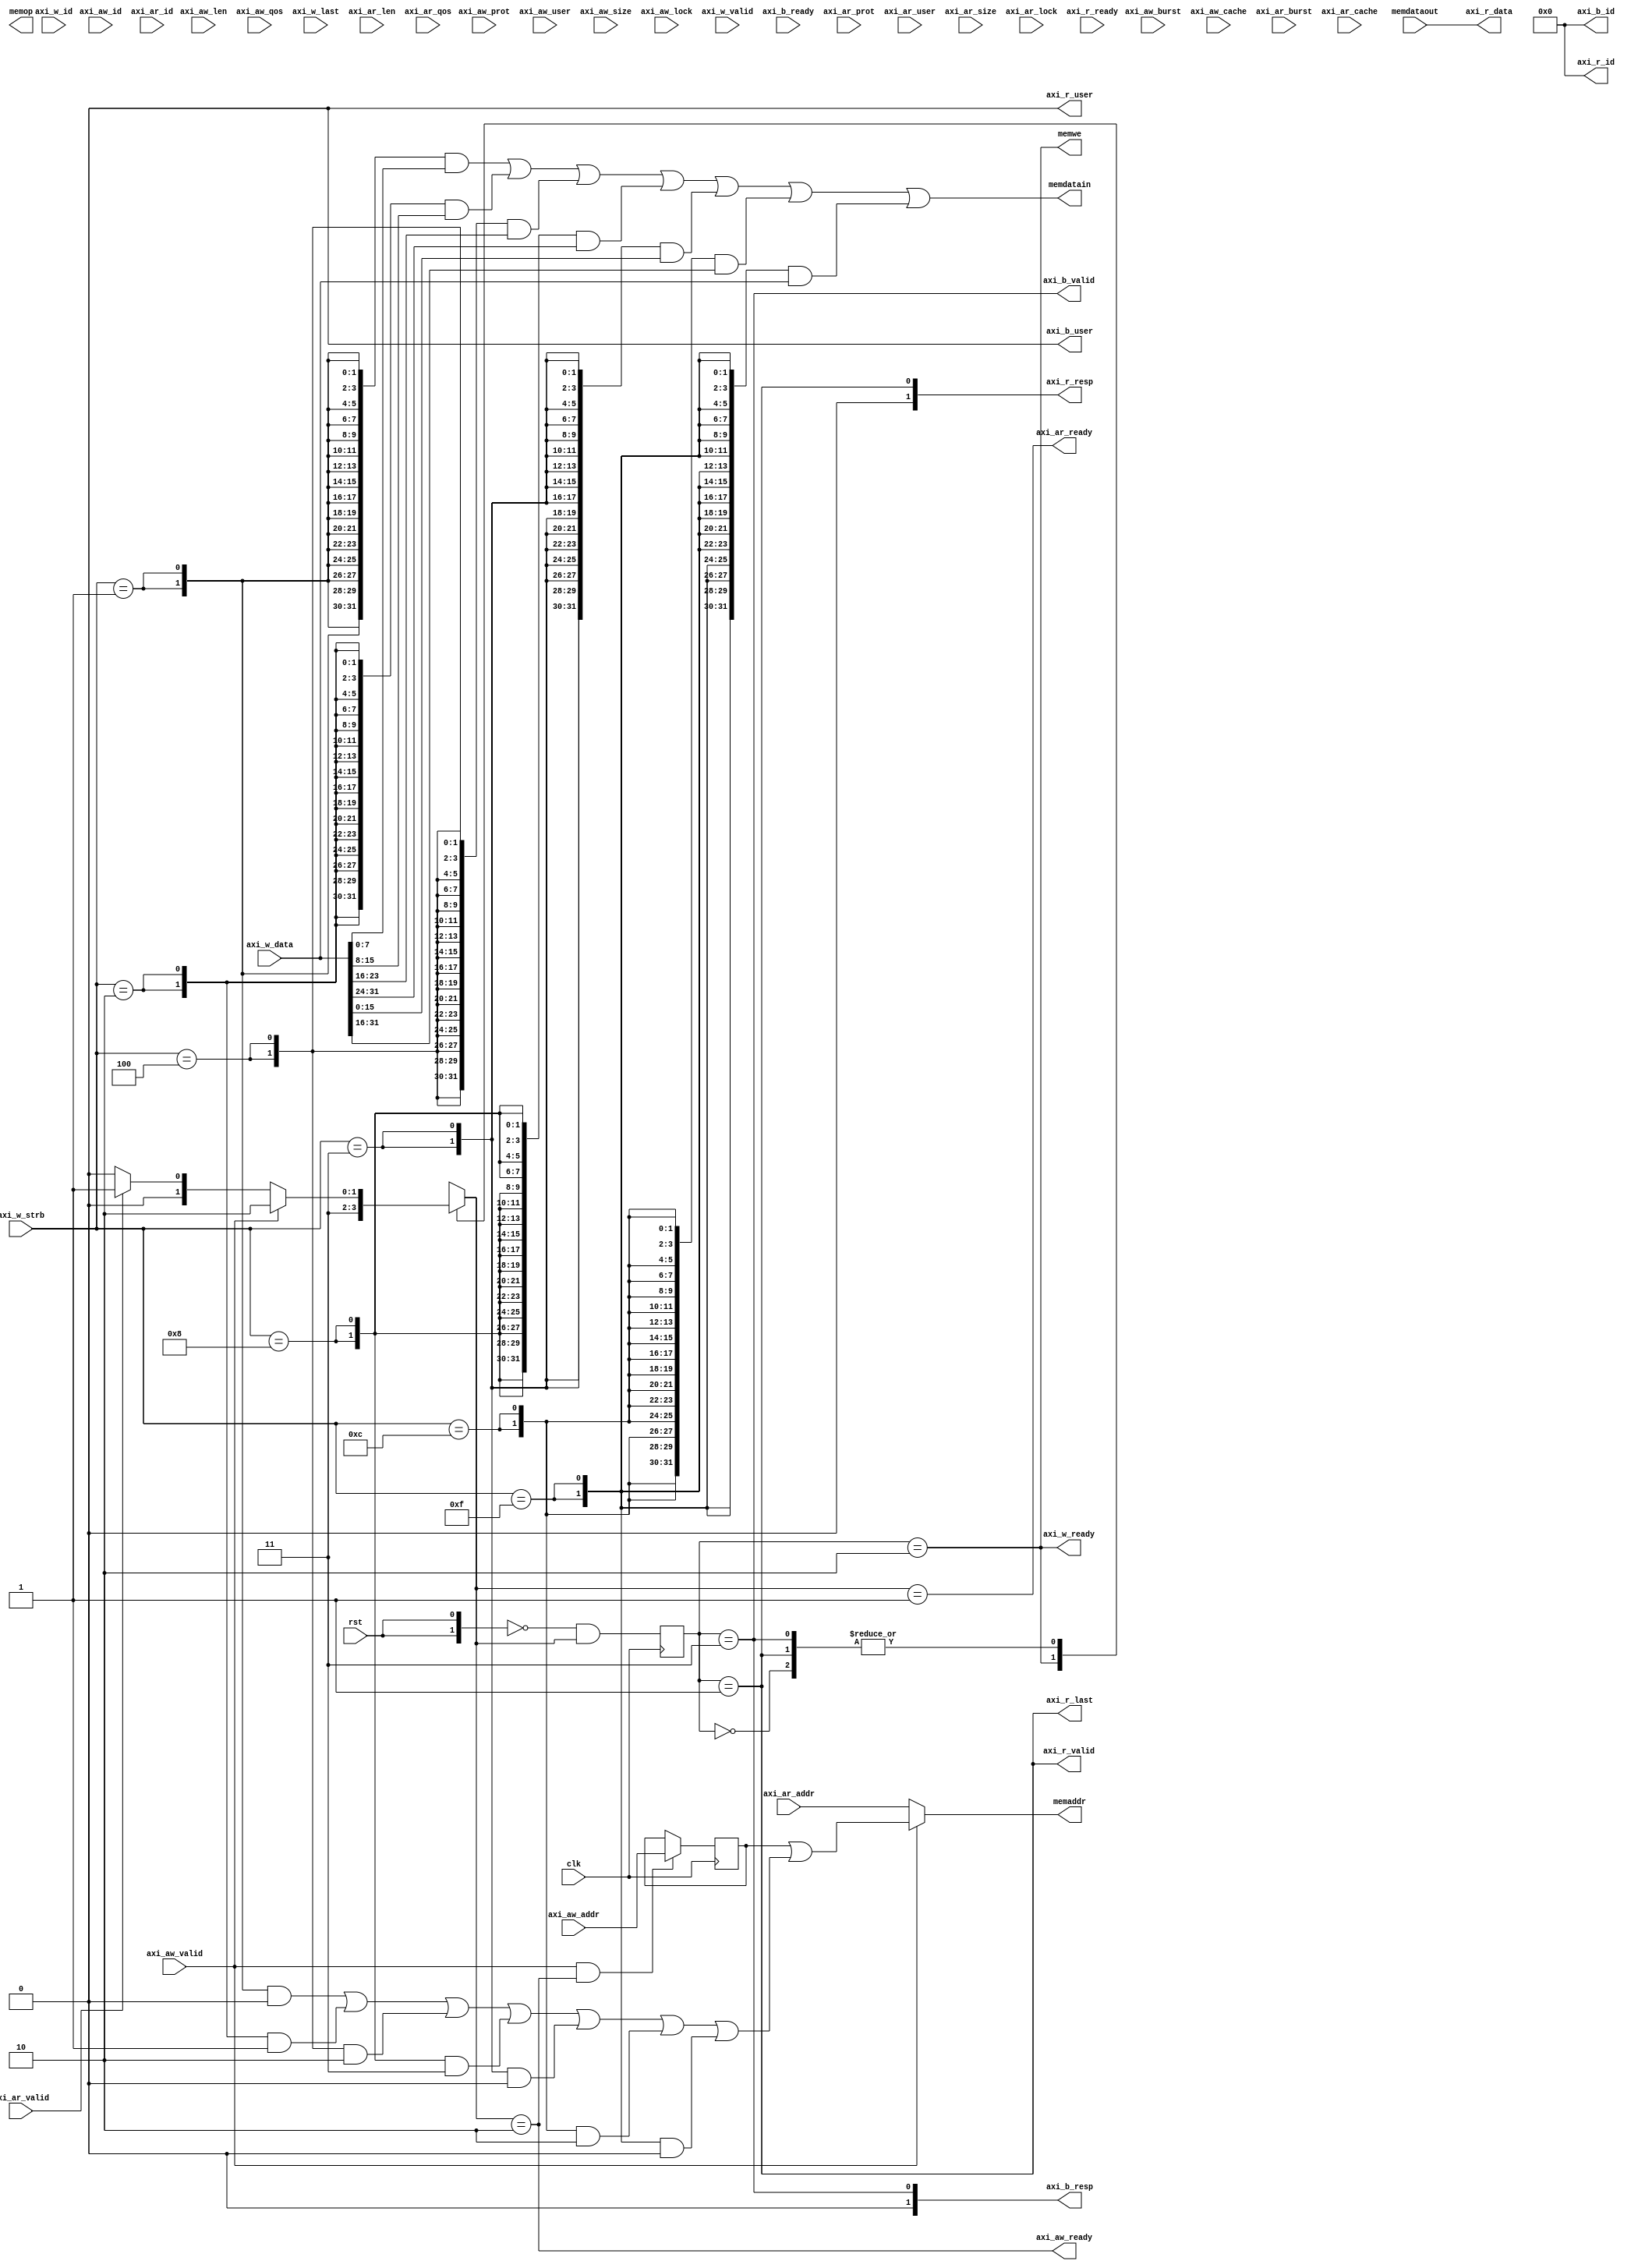
module naive_to_axi # (
  parameter RW_DATA_WIDTH     = 32,
  parameter RW_ADDR_WIDTH     = 32,
  parameter AXI_DATA_WIDTH    = 32,
  parameter AXI_ADDR_WIDTH    = 32,
  parameter AXI_ID_WIDTH      = 4,
  parameter AXI_USER_WIDTH    = 1
)(
  input                               clk,
  input                               rst,

  // naive bus
  output [RW_ADDR_WIDTH-1:0]          memaddr,     //dmem的地址
	input  [RW_DATA_WIDTH-1:0]          memdataout,  //dmem读取到的数据
	output [RW_DATA_WIDTH-1:0]          memdatain,   //需要写入dmem的数据
  output [2:0]                        memop,       //3'b000:sb 3'b001:sh 3'b010://sw
	output	                            memwe,       //dmem写有效
  
  // AXI4
  output                              axi_aw_ready,
  input                               axi_aw_valid,
  input [AXI_ADDR_WIDTH-1:0]          axi_aw_addr,
  input [2:0]                         axi_aw_prot,
  input [AXI_ID_WIDTH-1:0]            axi_aw_id,
  input [AXI_USER_WIDTH-1:0]          axi_aw_user,
  input [7:0]                         axi_aw_len,
  input [2:0]                         axi_aw_size,
  input [1:0]                         axi_aw_burst,
  input                               axi_aw_lock,
  input [3:0]                         axi_aw_cache,
  input [3:0]                         axi_aw_qos,

  output                              axi_w_ready,
  input                               axi_w_valid,
  input [AXI_DATA_WIDTH-1:0]          axi_w_data,
  input [AXI_DATA_WIDTH/8-1:0]        axi_w_strb,
  input                               axi_w_last,
  input [AXI_ID_WIDTH-1:0]            axi_w_id,
  
  input                               axi_b_ready,
  output                              axi_b_valid,
  output  [1:0]                       axi_b_resp,
  output  [AXI_ID_WIDTH-1:0]          axi_b_id,
  output  [AXI_USER_WIDTH-1:0]        axi_b_user,

  output                              axi_ar_ready,
  input                               axi_ar_valid,
  input [AXI_ADDR_WIDTH-1:0]          axi_ar_addr,
  input [2:0]                         axi_ar_prot,
  input [AXI_ID_WIDTH-1:0]            axi_ar_id,
  input [AXI_USER_WIDTH-1:0]          axi_ar_user,
  input [7:0]                         axi_ar_len,
  input [2:0]                         axi_ar_size,
  input [1:0]                         axi_ar_burst,
  input                               axi_ar_lock,
  input [3:0]                         axi_ar_cache,
  input [3:0]                         axi_ar_qos,
    
  input                               axi_r_ready,
  output                              axi_r_valid,
  output  [1:0]                       axi_r_resp,
  output  [AXI_DATA_WIDTH-1:0]        axi_r_data,
  output                              axi_r_last,
  output  [AXI_ID_WIDTH-1:0]          axi_r_id,
  output  [AXI_USER_WIDTH-1:0]        axi_r_user
);
  
  localparam [1:0] IDLE = 2'b00;
  localparam [1:0] READ_TRANS = 2'b01;
  localparam [1:0] WRITE_TRANS = 2'b10;
  localparam [1:0] WRITE_RESP = 2'b11;
  // a READ operation happens between IDLE and READ_TRANS
  // a WRITE operation happens between WRITE_TRANS and WRITE_RESP

  reg [1:0] state;
  reg [1:0] next_state;

  always @(posedge clk) begin
    state <= ~{2{rst}} & next_state;
  end

  always @(*) begin
    case (state)
      IDLE, READ_TRANS: begin
        if (axi_aw_valid) begin
          next_state = WRITE_TRANS;
        end
        else if (axi_ar_valid) begin
          next_state = READ_TRANS;
        end
        else next_state = IDLE;
      end
      WRITE_TRANS: begin
        next_state = WRITE_RESP;
      end
      WRITE_RESP: begin
        if (axi_aw_valid) begin
          next_state = WRITE_TRANS;
        end
        else if (axi_ar_valid) begin
          next_state = READ_TRANS;
        end
        else next_state = IDLE;
      end
    endcase
  end

  wire [1:0] w_offset;
  assign w_offset = (
      ({2{axi_w_strb == 4'b0001}} & 2'b00)
    | ({2{axi_w_strb == 4'b0010}} & 2'b01)
    | ({2{axi_w_strb == 4'b0100}} & 2'b10)
    | ({2{axi_w_strb == 4'b1000}} & 2'b11)
    | ({2{axi_w_strb == 4'b0011}} & 2'b00)
    | ({2{axi_w_strb == 4'b1100}} & 2'b10)
    | ({2{axi_w_strb == 4'b1111}} & 2'b00)
  );
  
  wire ar_hs = axi_ar_valid && axi_ar_ready;
  wire aw_hs = axi_aw_valid && axi_aw_ready;

  // generate addr
  reg [31:0] naive_wr_addr;
  wire [31:0] naive_rd_addr = axi_ar_addr;

  // naive_wr_addr should keep available until finish writing
  always @(posedge clk) begin
    if (aw_hs)
      naive_wr_addr <= axi_aw_addr;
    else
      naive_wr_addr <= naive_wr_addr;
  end
  
  assign memaddr = axi_aw_valid ? (naive_wr_addr | {30'b0, w_offset}) : naive_rd_addr;

  assign memdatain = (
      ({32{axi_w_strb == 4'b0001}} & {24'b0, axi_w_data[7:0]})
    | ({32{axi_w_strb == 4'b0010}} & {24'b0, axi_w_data[15:8]})
    | ({32{axi_w_strb == 4'b0100}} & {24'b0, axi_w_data[23:16]})
    | ({32{axi_w_strb == 4'b1000}} & {24'b0, axi_w_data[31:24]})
    | ({32{axi_w_strb == 4'b0011}} & {16'b0, axi_w_data[15:0]})
    | ({32{axi_w_strb == 4'b1100}} & {16'b0, axi_w_data[31:16]})
    | ({32{axi_w_strb == 4'b1111}} & {axi_w_data[31:0]})
  );

  assign memwe = axi_w_ready;

  assign axi_aw_ready = next_state == WRITE_TRANS;

  assign axi_w_ready = state == WRITE_TRANS;

  assign axi_b_valid = state == WRITE_RESP;
  assign axi_b_resp = {1'b0, axi_b_valid};
  assign axi_b_id = 0;
  assign axi_b_user = 0;

  assign axi_ar_ready = next_state == READ_TRANS;
  
  assign axi_r_valid = state == READ_TRANS;
  assign axi_r_resp = {1'b0, axi_r_valid};
  assign axi_r_data = memdataout;
  assign axi_r_last = axi_r_valid;
  assign axi_r_id = 0;
  assign axi_r_user = 0;
endmodule